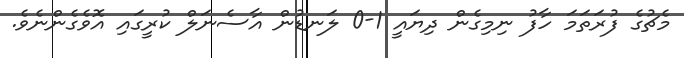
މެޗުގެ ފުރަތަމަ ހާފު ނިމިގެން ދިޔައީ 1-0 ލަނޑުން އާސެނަލް ކުރީގައި އޮވެގެންނެވެ.